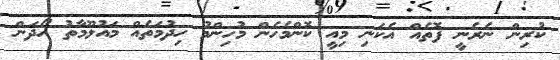
ކުރިން ނެރެނީ ފޮތެއް އެކަނި މިއީ ކޮންމެހެން މުހިންމު ހިދުމަތެއް މައުލޫމާތު ހޯދަން